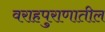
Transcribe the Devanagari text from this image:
वराहपुराणातील